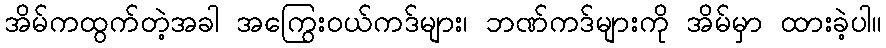
အိမ်ကထွက်တဲ့အခါ အကြွေးဝယ်ကဒ်များ၊ ဘဏ်ကဒ်များကို အိမ်မှာ ထားခဲ့ပါ။